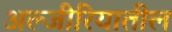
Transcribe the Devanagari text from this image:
अल्जीरियातील